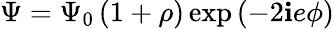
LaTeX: \Psi=\Psi_{0}\left(1+\rho\right)\exp\left(-2\mathbf{i}e\phi\right)